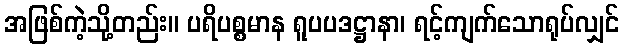
အဖြစ်ကဲ့သို့တည်း။ ပရိပစ္စမာန ရူပပဒဋ္ဌာနာ၊ ရင့်ကျက်သောရုပ်လျှင်